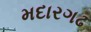
મદારગઢ